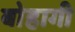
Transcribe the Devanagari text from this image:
बोहागी